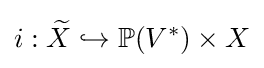
i:{\widetilde {X}}\hookrightarrow \mathbb {P} (V^{*})\times X